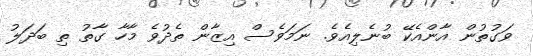
ވަގުތުން އާންއެކޭ ބުނެލިއެވެ. ނަމަވެސް އިޒާން ތެދުވެ މާހާ ގާތު ތި ބަދަލު